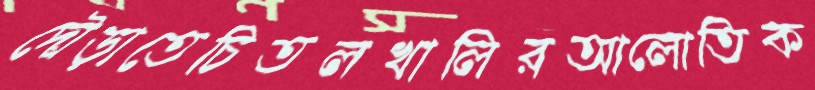
দৌঁড়াতেচিতলখালিরআলোতিক